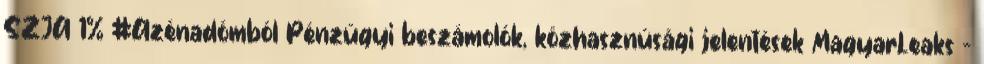
SZJA 1% #Azénadómból Pénzügyi beszámolók, közhasznúsági jelentések MagyarLeaks –